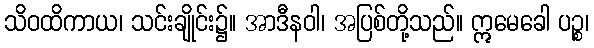
သိဝထိကာယ၊ သင်းချိုင်း၌။ အာဒီနဝါ၊ အပြစ်တို့သည်။ ဣမေခေါ ပဉ္စ၊